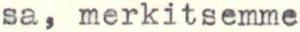
sa, merkitsemme